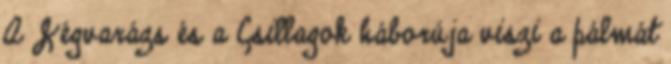
A Jégvarázs és a Csillagok háborúja viszi a pálmát